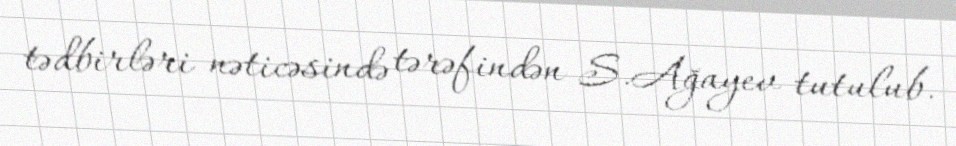
tədbirləri nəticəsində tərəfindən S.Ağayev tutulub.